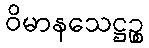
ဝိမာနသေဋ္ဌဉ္စ